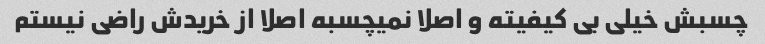
چسبش خیلی بی کیفیته و اصلا نمیچسبه اصلا از خریدش راضی نیستم